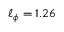
\ell _ { \phi } = 1 . 2 6